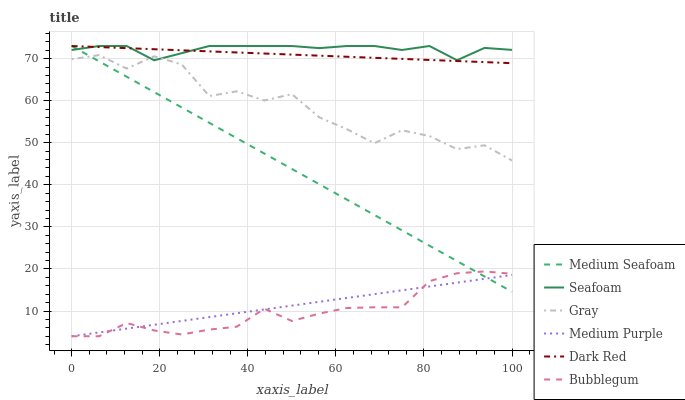
| xaxis_label | Medium Seafoam | Seafoam | Gray | Medium Purple | Dark Red | Bubblegum |
 | --- | --- | --- | --- | --- | --- | --- |
 | 0 | 73 | 72.1 | 69.9 | 4 | 73 | 4 |
 | 6.25 | 69.3 | 73 | 70.8 | 4.91 | 72.7 | 4 |
 | 12.5 | 65.7 | 73 | 67.6 | 5.82 | 72.5 | 7.15 |
 | 18.8 | 62 | 69.6 | 70.6 | 6.73 | 72.2 | 5.37 |
 | 25 | 58.4 | 71.3 | 68.6 | 7.64 | 72 | 4.41 |
 | 31.2 | 54.7 | 73 | 61.1 | 8.55 | 71.7 | 5.58 |
 | 37.5 | 51.1 | 73 | 62.2 | 9.46 | 71.5 | 6.28 |
 | 43.8 | 47.4 | 73 | 60 | 10.4 | 71.2 | 10.5 |
 | 50 | 43.8 | 73 | 61.6 | 11.3 | 71 | 7.63 |
 | 56.2 | 40.1 | 72.5 | 56 | 12.2 | 70.7 | 9.39 |
 | 62.5 | 36.5 | 73 | 53.2 | 13.1 | 70.4 | 10.7 |
 | 68.8 | 32.8 | 73 | 49.9 | 14 | 70.2 | 10.9 |
 | 75 | 29.2 | 72.1 | 53 | 14.9 | 69.9 | 10.9 |
 | 81.2 | 25.5 | 73 | 51.6 | 15.8 | 69.7 | 17.1 |
 | 87.5 | 21.9 | 69.6 | 48.5 | 16.7 | 69.4 | 19 |
 | 93.8 | 18.2 | 72.5 | 49.4 | 17.7 | 69.2 | 19.4 |
 | 100 | 14.6 | 72.1 | 45.8 | 18.6 | 68.9 | 18.8 |